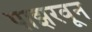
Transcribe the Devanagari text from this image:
पाझरवून